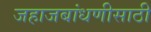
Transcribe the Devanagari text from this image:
जहाजबांधणीसाठी